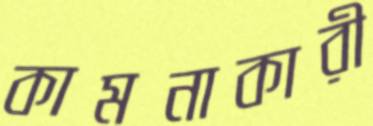
কামনাকারী